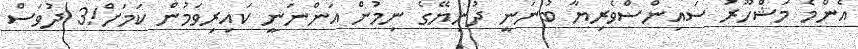
އެންމެ މަޝްހޫރު ސައިންސްވެރިޔާ ބުނަނީ ދުނިޔޭގެ ނިމުން އަންނަނީ ކައިރިވަމުން ކަމަށް!3 ދުވަސް